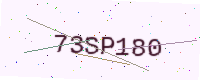
Text: 73SP180